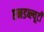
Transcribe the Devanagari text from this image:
एनडब्ल्यूटी